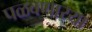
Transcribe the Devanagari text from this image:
पळवणार्‍या